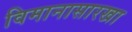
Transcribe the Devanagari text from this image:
विमानासारखा